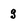
Character: g